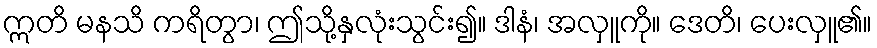
ဣတိ မနသိ ကရိတွာ၊ ဤသို့နှလုံးသွင်း၍။ ဒါနံ၊ အလှူကို။ ဒေတိ၊ ပေးလှူ၏။